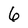
Character: 6